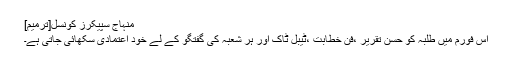
منہاج سپیکرز کونسل[ترمیم]
اس فورم میں طلبہ کو حُسن تقریر ،فن خطابت ،ٹیبل ٹاک اور ہر شعبہ کی گفتگو کے لے خود اعتمادی سکھائی جاتی ہے۔